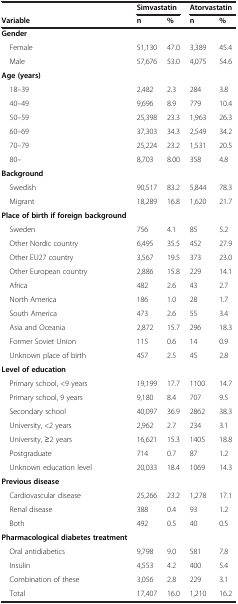
<table><thead><tr><td></td><td colspan="2"><b>Simvastatin</b></td><td colspan="2"><b>Atorvastatin</b></td></tr><tr><td><b>Variable</b></td><td><b>n</b></td><td><b>%</b></td><td><b>n</b></td><td><b>%</b></td></tr></thead><tbody><tr><td><b>Gender</b></td><td></td><td></td><td></td><td></td></tr><tr><td> Female</td><td>51,130</td><td>47.0</td><td>3,389</td><td>45.4</td></tr><tr><td> Male</td><td>57,676</td><td>53.0</td><td>4,075</td><td>54.6</td></tr><tr><td><b>Age (years)</b></td><td></td><td></td><td></td><td></td></tr><tr><td> 18–39</td><td>2,482</td><td>2.3</td><td>284</td><td>3.8</td></tr><tr><td> 40–49</td><td>9,696</td><td>8.9</td><td>779</td><td>10.4</td></tr><tr><td> 50–59</td><td>25,398</td><td>23.3</td><td>1,963</td><td>26.3</td></tr><tr><td> 60–69</td><td>37,303</td><td>34.3</td><td>2,549</td><td>34.2</td></tr><tr><td> 70–79</td><td>25,224</td><td>23.2</td><td>1,531</td><td>20.5</td></tr><tr><td> 80–</td><td>8,703</td><td>8.00</td><td>358</td><td>4.8</td></tr><tr><td><b>Background</b></td><td></td><td></td><td></td><td></td></tr><tr><td> Swedish</td><td>90,517</td><td>83.2</td><td>5,844</td><td>78.3</td></tr><tr><td> Migrant</td><td>18,289</td><td>16.8</td><td>1,620</td><td>21.7</td></tr><tr><td><b>Place of birth if foreign background</b></td><td></td><td></td><td></td><td></td></tr><tr><td> Sweden</td><td>756</td><td>4.1</td><td>85</td><td>5.2</td></tr><tr><td> Other Nordic country</td><td>6,495</td><td>35.5</td><td>452</td><td>27.9</td></tr><tr><td> Other EU27 country</td><td>3,567</td><td>19.5</td><td>373</td><td>23.0</td></tr><tr><td> Other European country</td><td>2,886</td><td>15.8</td><td>229</td><td>14.1</td></tr><tr><td> Africa</td><td>482</td><td>2.6</td><td>43</td><td>2.7</td></tr><tr><td> North America</td><td>186</td><td>1.0</td><td>28</td><td>1.7</td></tr><tr><td> South America</td><td>473</td><td>2.6</td><td>55</td><td>3.4</td></tr><tr><td> Asia and Oceania</td><td>2,872</td><td>15.7</td><td>296</td><td>18.3</td></tr><tr><td> Former Soviet Union</td><td>115</td><td>0.6</td><td>14</td><td>0.9</td></tr><tr><td> Unknown place of birth</td><td>457</td><td>2.5</td><td>45</td><td>2.8</td></tr><tr><td><b>Level of education</b></td><td></td><td></td><td></td><td></td></tr><tr><td> Primary school, &lt;9 years</td><td>19,199</td><td>17.7</td><td>1100</td><td>14.7</td></tr><tr><td> Primary school, 9 years</td><td>9,180</td><td>8.4</td><td>707</td><td>9.5</td></tr><tr><td> Secondary school</td><td>40,097</td><td>36.9</td><td>2862</td><td>38.3</td></tr><tr><td> University, &lt;2 years</td><td>2,962</td><td>2.7</td><td>234</td><td>3.1</td></tr><tr><td> University, ≥2 years</td><td>16,621</td><td>15.3</td><td>1405</td><td>18.8</td></tr><tr><td> Postgraduate</td><td>714</td><td>0.7</td><td>87</td><td>1.2</td></tr><tr><td> Unknown education level</td><td>20,033</td><td>18.4</td><td>1069</td><td>14.3</td></tr><tr><td><b>Previous disease</b></td><td></td><td></td><td></td><td></td></tr><tr><td> Cardiovascular disease</td><td>25,266</td><td>23.2</td><td>1,278</td><td>17.1</td></tr><tr><td> Renal disease</td><td>388</td><td>0.4</td><td>93</td><td>1.2</td></tr><tr><td> Both</td><td>492</td><td>0.5</td><td>40</td><td>0.5</td></tr><tr><td><b>Pharmacological diabetes treatment</b></td><td></td><td></td><td></td><td></td></tr><tr><td> Oral antidiabetics</td><td>9,798</td><td>9.0</td><td>581</td><td>7.8</td></tr><tr><td> Insulin</td><td>4,553</td><td>4.2</td><td>400</td><td>5.4</td></tr><tr><td> Combination of these</td><td>3,056</td><td>2.8</td><td>229</td><td>3.1</td></tr><tr><td> Total</td><td>17,407</td><td>16.0</td><td>1,210</td><td>16.2</td></tr></tbody></table>